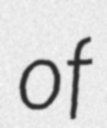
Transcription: of